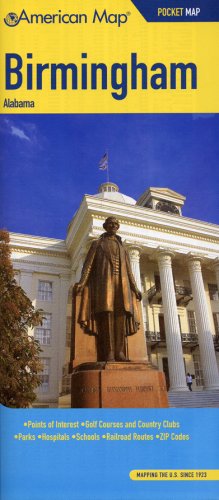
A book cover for American Map Birmingham, Al Pocket Map; Travel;